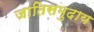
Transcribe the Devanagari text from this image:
जातिसमुदाय